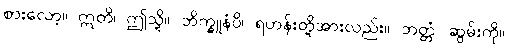
စားလော့။ ဣတိ၊ ဤသို့။ ဘိက္ခူနံပိ၊ ရဟန်းတို့အားလည်း။ ဘတ္တံ၊ ဆွမ်းကို။